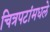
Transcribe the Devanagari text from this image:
चित्रपटांमधले